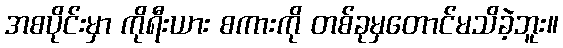
အစပိုင်းမှာ ကိုရီးယား စကားကို တစ်ခုမှတောင်မသိခဲ့ဘူး။